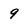
Character: 9